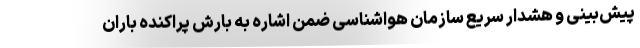
پیش‌بینی و هشدار سریع سازمان هواشناسی ضمن اشاره به بارش پراکنده باران